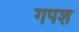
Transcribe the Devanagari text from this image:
गपश